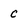
Character: c